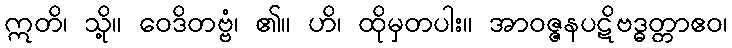
ဣတိ၊ သို့။ ဝေဒိတဗ္ဗံ၊ ၏။ ဟိ၊ ထိုမှတပါး။ အာဝဇ္ဇနပဋိဗဒ္ဓတ္တာဧဝ၊